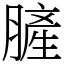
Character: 䐮